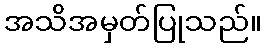
အသိအမှတ်ပြုသည်။